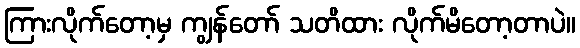
ကြားလိုက်တော့မှ ကျွန်တော် သတိထား လိုက်မိတော့တာပဲ။